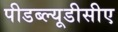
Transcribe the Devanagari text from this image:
पीडब्ल्यूडीसीए